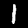
Label: 1